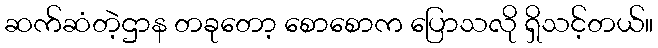
ဆက်ဆံတဲ့ဌာန တခုတော့ စောစောက ပြောသလို ရှိသင့်တယ်။